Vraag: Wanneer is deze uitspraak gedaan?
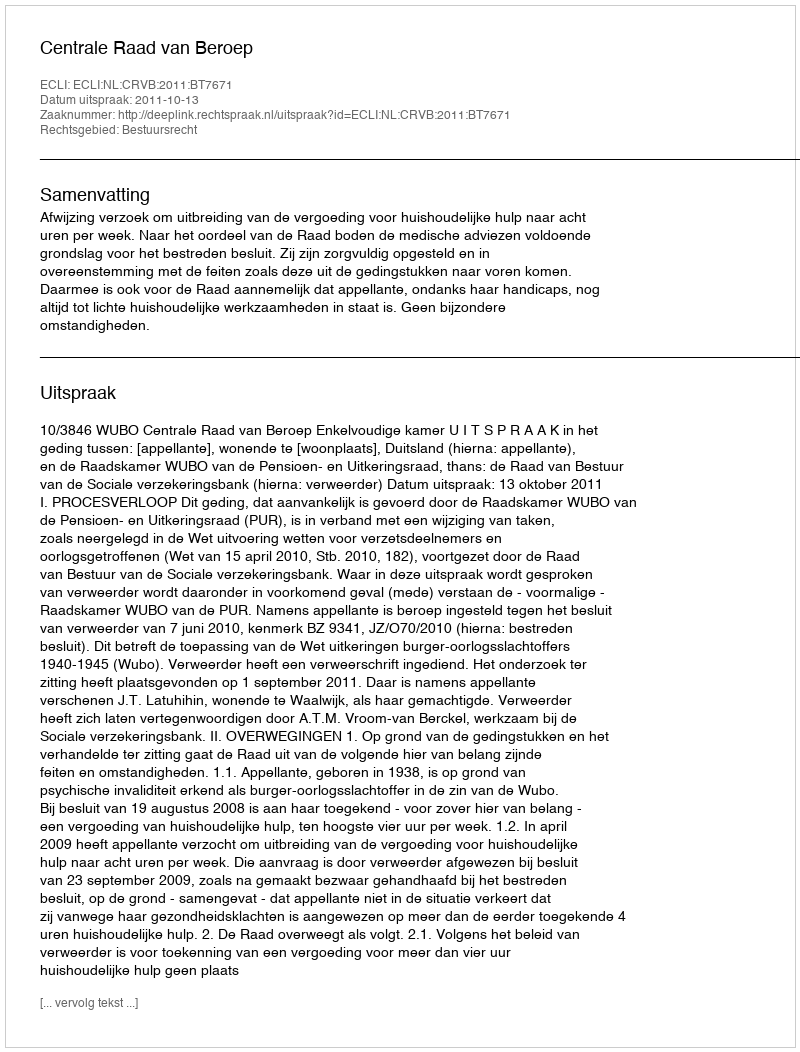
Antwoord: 2011-10-13